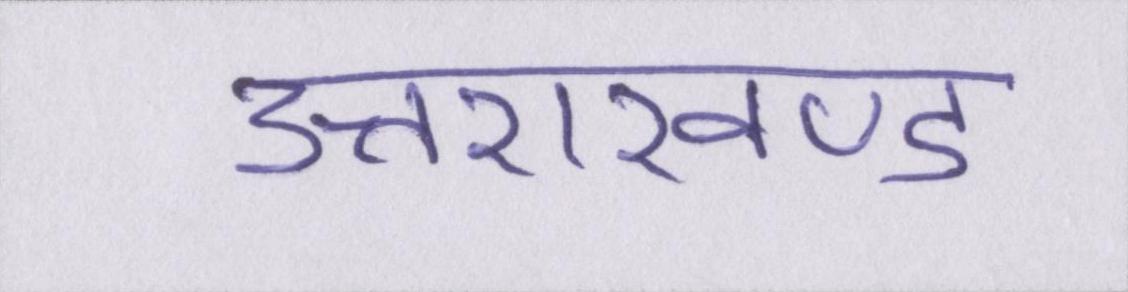
उत्तराखण्ड